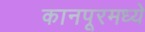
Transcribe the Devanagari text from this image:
कानपूरमध्ये